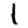
Digit: 1